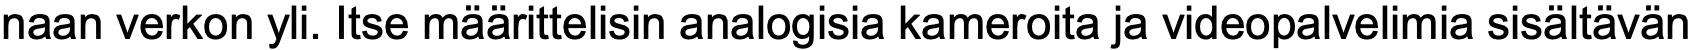
naan verkon yli. Itse määrittelisin analogisia kameroita ja videopalvelimia sisältävän